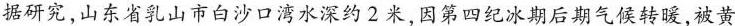
据研究，山东省乳山市白沙口湾水深约2米，因第四纪冰期后期气候转暖，被黄